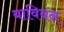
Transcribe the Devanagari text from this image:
बावियन